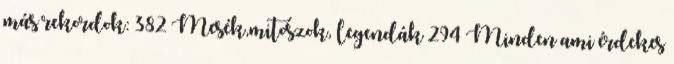
más rekordok: 382 Mesék,mitoszok, legendák 294 Minden ami érdekes